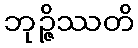
ဘုဉ္ဇိဿတိ